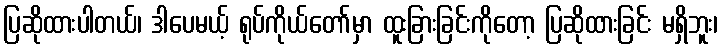
ပြဆိုထားပါတယ်၊ ဒါပေမယ့် ရုပ်ကိုယ်တော်မှာ ထူးခြားခြင်းကိုတော့ ပြဆိုထားခြင်း မရှိဘူး၊